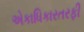
એકાધિકારતરફી